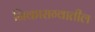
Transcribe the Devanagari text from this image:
निकाराग्वातील